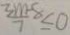
\frac { 3 m - 8 } { 7 } \leq 0